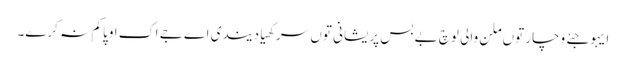
ایہو جئے وچار توں ملن والی لوچ بے بس پریشانی توں سرکھیا دیندی اے جے اک اوپا کم نہ کرے۔